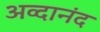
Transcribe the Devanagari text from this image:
अव्दानंद